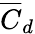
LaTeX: \overline{{C}}_{d}